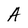
Character: A